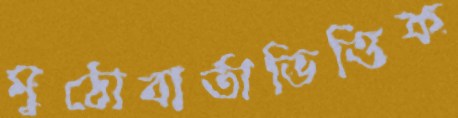
মুঠোবার্তাভিত্তিক